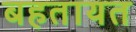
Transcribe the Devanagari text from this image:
बहतायत